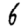
Digit: 8